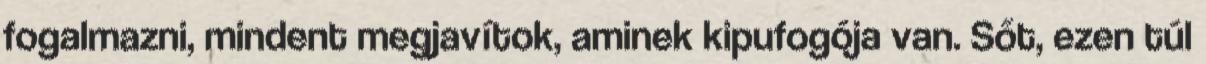
fogalmazni, mindent megjavítok, aminek kipufogója van. Sőt, ezen túl